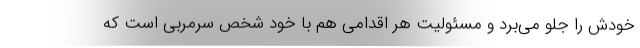
خودش را جلو می‌برد و مسئولیت هر اقدامی هم با خود شخص سرمربی است که